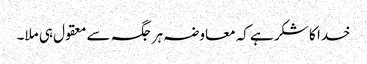
خدا کا شکر ہے کہ معاوضہ ہر جگہ سے معقول ہی ملا۔